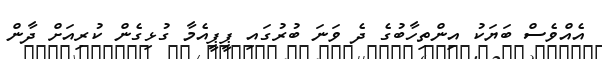
އެއްވެސް ބަޔަކު އިންތިހާބުގެ ދެ ވަނަ ބުރުގައި ޕީޕީއެމާ ގުޅިގެން ކުރިއަށް ދާން